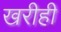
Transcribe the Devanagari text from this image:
खरीही